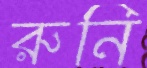
রুনি